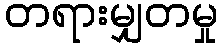
တရားမျှတမှု